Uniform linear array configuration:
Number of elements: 24
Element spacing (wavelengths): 0.75
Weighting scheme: hann
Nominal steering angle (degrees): -45
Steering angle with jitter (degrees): -46.846
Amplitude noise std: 0.05
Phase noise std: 0.05

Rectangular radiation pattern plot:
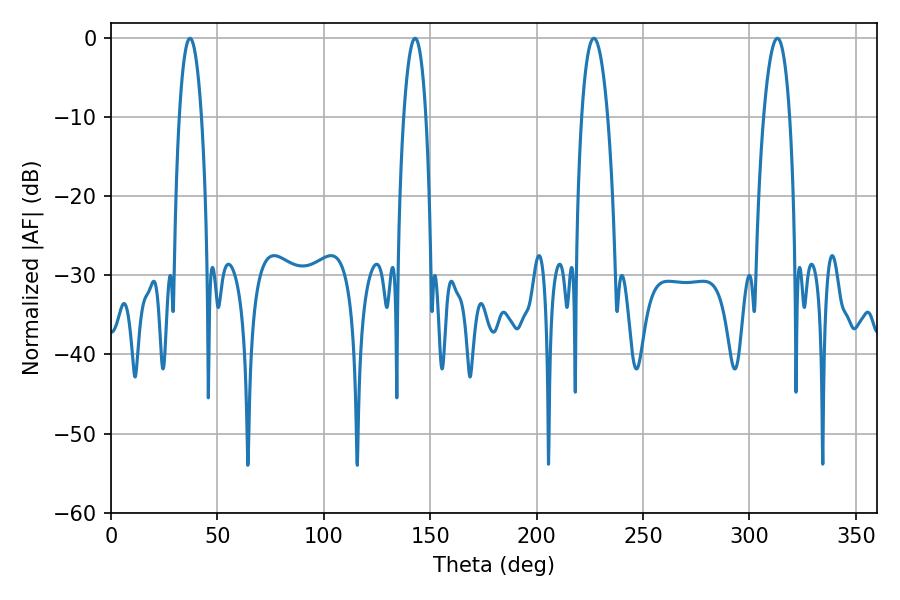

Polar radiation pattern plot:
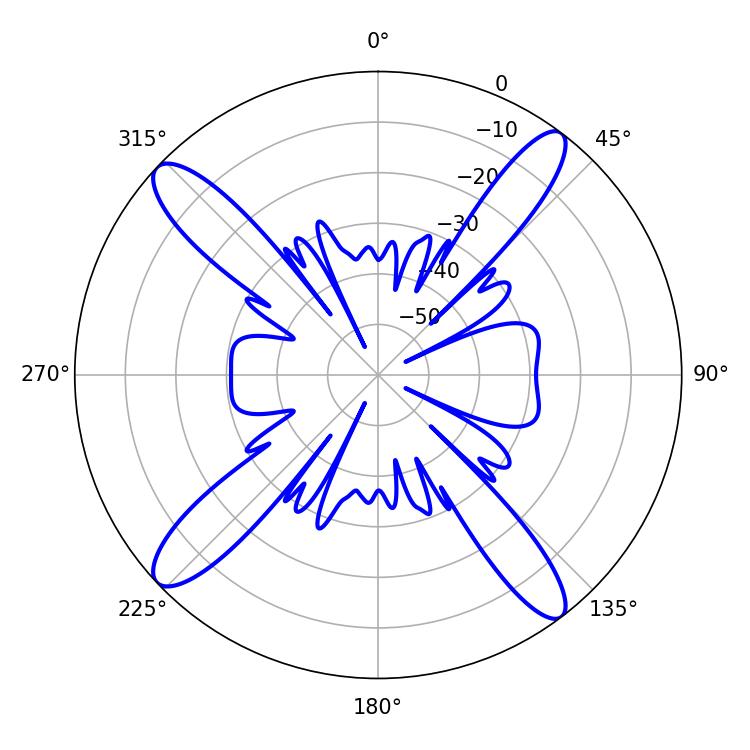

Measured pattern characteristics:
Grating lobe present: TRUE
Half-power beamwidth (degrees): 5.94
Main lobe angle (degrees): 37.08